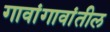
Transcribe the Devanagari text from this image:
गावांगावांतील